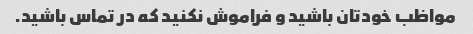
مواظب خودتان باشید و فراموش نکنید که در تماس باشید.